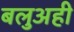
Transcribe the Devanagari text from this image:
बलुअही